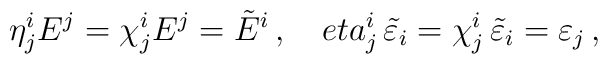
\eta ^i_jE^j=\chi ^i_jE^j=\tilde{E}^i\,,\ \ \ \ \\eta ^i_j\,\tilde{\varepsilon}_i=\chi ^i_j\,\tilde{\varepsilon}_i=\varepsilon _j\,,